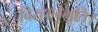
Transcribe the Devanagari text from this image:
विरहानुभूति।